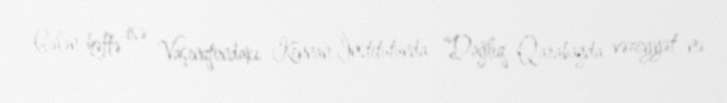
Gələn həftə isə Vaşinqtondakı Kennan İnstitutunda “Dağlıq Qarabağda vəziyyət nə